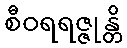
စီဝရရဇ္ဇုန္တိ